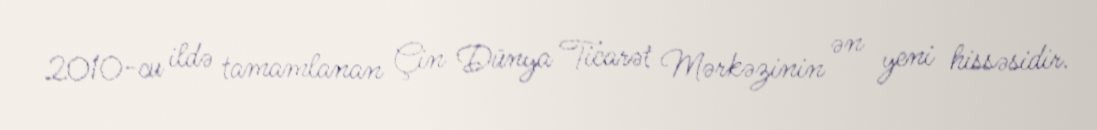
2010-cu ildə tamamlanan Çin Dünya Ticarət Mərkəzinin ən yeni hissəsidir.